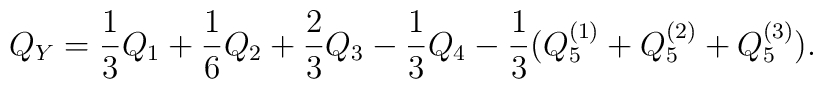
Q_Y=\frac{1}{3}Q_1+\frac{1}{6}Q_2+\frac{2}{3}Q_3-\frac{1}{3}Q_4-\frac{1}{3}(Q_5^{(1)}+Q_5^{(2)}+Q_5^{(3)}).